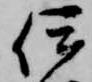
伊